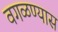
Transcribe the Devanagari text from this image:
वगळण्यास